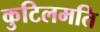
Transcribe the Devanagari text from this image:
कुटिलमति